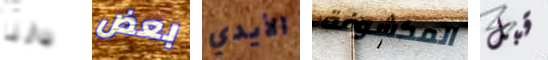
دلتا بعض الأيدي المكشوفة قبل